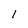
Character: I